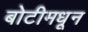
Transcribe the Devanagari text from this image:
बोटीमधून